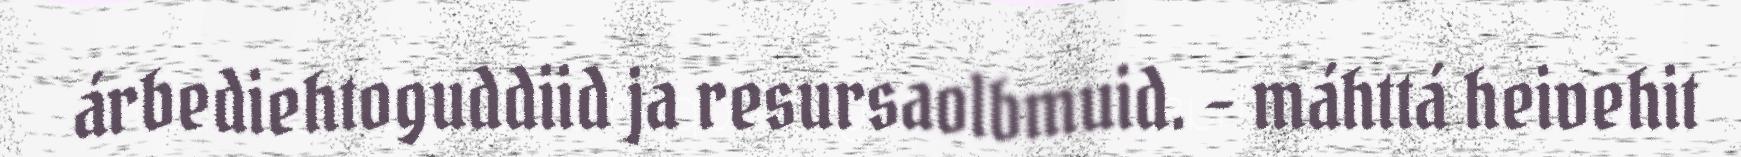
árbediehtoguddiid ja resursaolbmuid. - máhttá heivehit